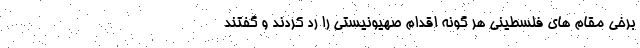
برخی مقام های فلسطینی هر گونه اقدام صهیونیستی را رد کردند و گفتند